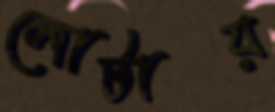
লোটায়